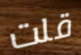
قلت